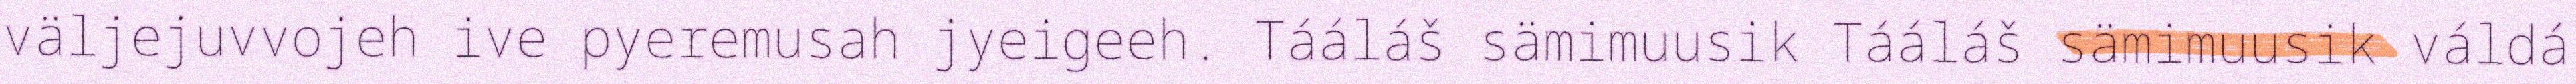
väljejuvvojeh ive pyeremusah jyeigeeh. Tááláš sämimuusik Tááláš sämimuusik váldá